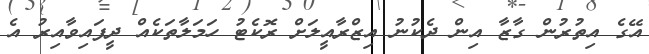
އޭގެ އިތުރުން ގާޒާ އިން ދެކުނު އިޒްރާއީލަށް ރޮކެޓު ހަމަލާތަކެއް ދީފައިވާއިރު އެ